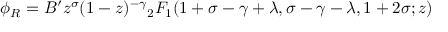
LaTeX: \phi _ { R } = B ^ { \prime } z ^ { \sigma } ( 1 - z ) ^ { - \gamma } { _ 2 F _ { 1 } } ( 1 + \sigma - \gamma + \lambda , \sigma - \gamma - \lambda , 1 + 2 \sigma ; z )